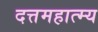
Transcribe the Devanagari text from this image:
दत्तमहात्म्य